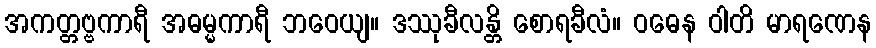
အကတ္တဗ္ဗကာရီ အဓမ္မကာရီ ဘဝေယျ။ ဒဿုခီလန္တိ စောရခီလံ။ ဝဓေန ဝါတိ မာရဏေန